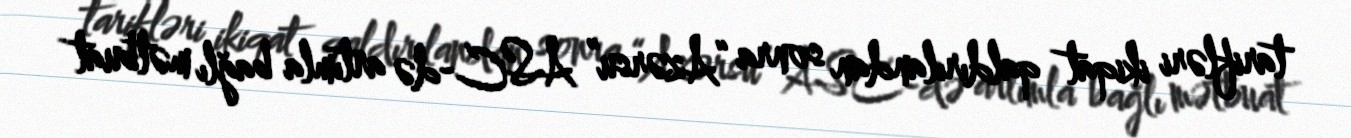
tarifləri ikiqat qaldırılandan sonra “Azərsu” ASC-də artımla bağlı mətbuat